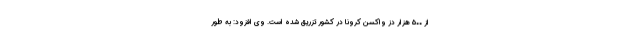
از ۵۰۰ هزار دُز واکسن کرونا در کشور تزریق شده است. وی افزود: به طور